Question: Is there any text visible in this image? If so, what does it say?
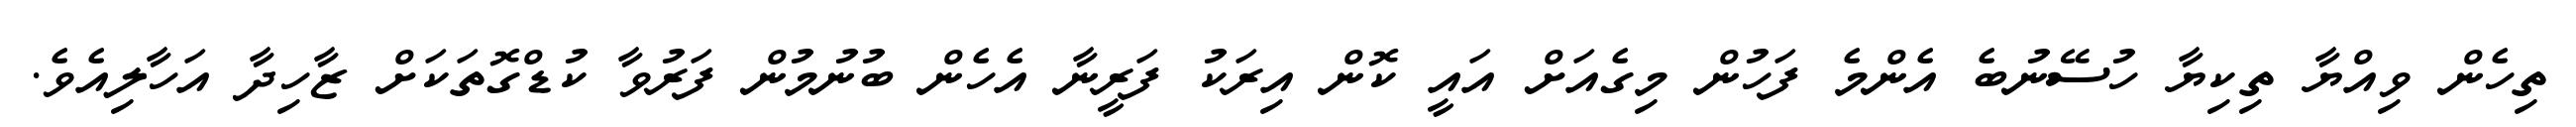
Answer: ތިހެން ވިއްޔާ ތިކިޔާ ހުސޭނުބެ އެންމެ ފަހުން މިގެއަށް އައީ ކޮން އިރަކު ފަރީނާ އެހެން ބުނުމުން ފަރުވާ ކުޑްގޮތަކަށް ޒާހިދާ އަހާލިއެވެ.